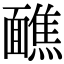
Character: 䩌